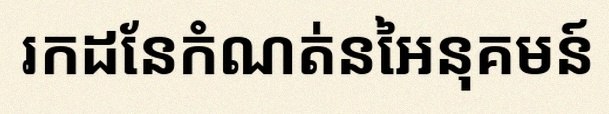
រកដែនកំណត់នៃអនុគមន៍